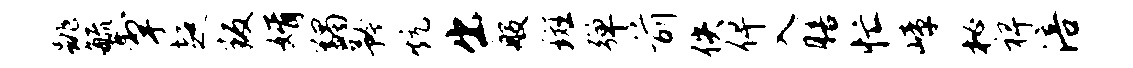
跳毓掣超叛婿蠲矜炕出般斑弹前佚俾入膳忙嶂秘裨涪